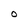
Character: O